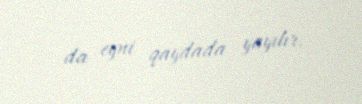
da eyni qaydada yayılır.